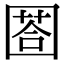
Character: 𡈐